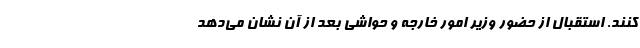
کنند. استقبال از حضور وزیر امور خارجه و حواشی بعد از آن نشان می‌دهد